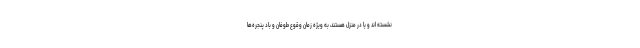
نشسته اند و یا در منزل هستند، به ویژه زمان وقوع طوفان و باد پنجره‌ها